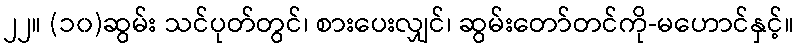
၂၂။ (၁၀)ဆွမ်း သင်ပုတ်တွင်၊ စားပေးလျှင်၊ ဆွမ်းတော်တင်ကို-မဟောင်နှင့်။